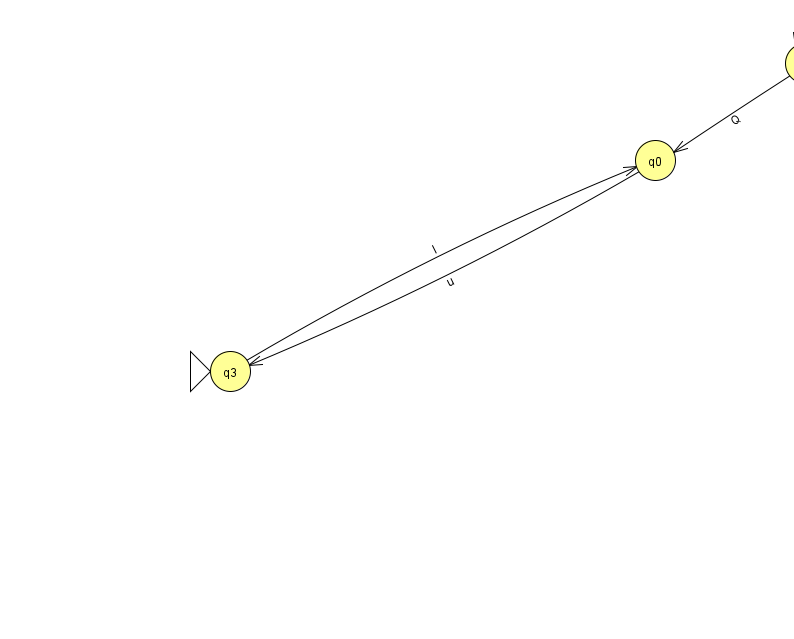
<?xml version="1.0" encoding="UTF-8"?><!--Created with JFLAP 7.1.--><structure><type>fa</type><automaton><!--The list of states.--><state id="0" name="q0"><x>655.0</x><y>147.0</y></state><state id="1" name="q1"><x>805.0</x><y>50.0</y></state><state id="3" name="q3"><x>230.0</x><y>358.0</y><initial/></state><!--The list of transitions.--><transition><from>0</from><to>3</to><read>u</read></transition><transition><from>1</from><to>0</to><read>Q</read></transition><transition><from>3</from><to>0</to><read>l</read></transition><transition><from>1</from><to>1</to><read>n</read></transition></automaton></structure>